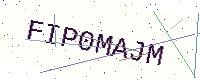
Text: FIP0MAJM